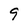
Character: 9